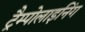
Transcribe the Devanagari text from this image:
ट्रैम्पोलाइनिंग